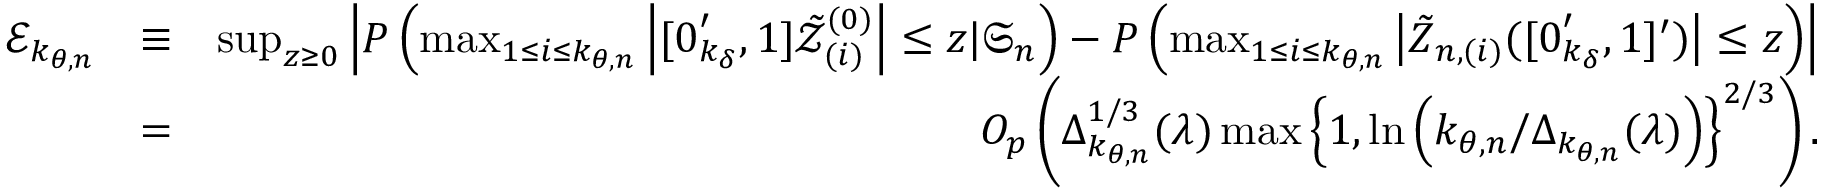
\begin{array} { r l r } { \mathcal { E } _ { k _ { \theta , n } } } & { \equiv } & { \operatorname* { s u p } _ { z \geq 0 } \left\vert P \left( \operatorname* { m a x } _ { 1 \leq i \leq k _ { \theta , n } } \left\vert [ \boldsymbol { 0 } _ { k _ { \delta } } ^ { \prime } , 1 ] \mathcal { \tilde { Z } } _ { ( i ) } ^ { ( 0 ) } \right\vert \leq z | \mathfrak { S } _ { n } \right) - P \left( \operatorname* { m a x } _ { 1 \leq i \leq k _ { \theta , n } } \left\vert \boldsymbol { \tilde { Z } } _ { n , ( i ) } ( [ \boldsymbol { 0 } _ { k _ { \delta } } ^ { \prime } , 1 ] ^ { \prime } ) \right\vert \leq z \right) \right\vert } \\ & { = } & { O _ { p } \left( \Delta _ { k _ { \theta , n } } ^ { 1 / 3 } ( \lambda ) \operatorname* { m a x } \left\{ 1 , \ln \left( k _ { \theta , n } / \Delta _ { k _ { \theta , n } } ( \lambda ) \right) \right\} ^ { 2 / 3 } \right) . } \end{array}